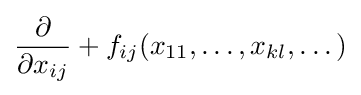
{\frac {\partial }{\partial x_{ij}}}+f_{ij}(x_{11},\dots ,x_{kl},\dots )